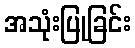
အသုံးပြုခြင်း